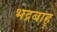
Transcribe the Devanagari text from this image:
भद्रबाहू